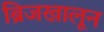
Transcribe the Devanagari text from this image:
ब्रिजखालून